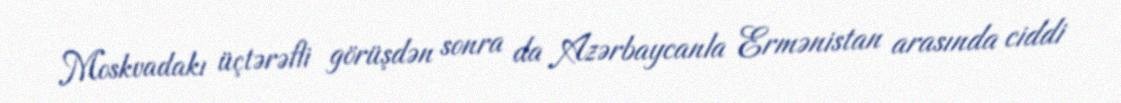
Moskvadakı üçtərəfli görüşdən sonra da Azərbaycanla Ermənistan arasında ciddi